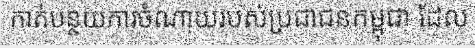
កាត់បន្ថយការចំណាយរបស់ប្រជាជនកម្ពុជា ដែល